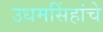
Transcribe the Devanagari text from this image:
उधमसिंहांचे